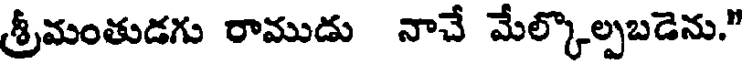
శ్రీమంతుడగు రాముడు నాచే మేల్కొల్పబడెను."